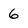
Character: 6